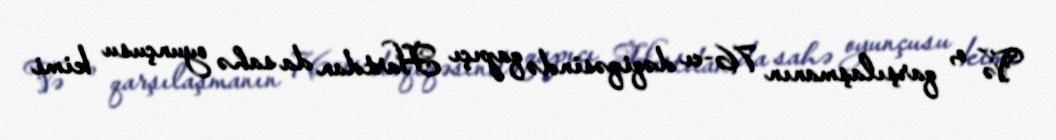
Və o, qarşılaşmanın 76-cı dəqiqəsində qapıçı Hartdan da sahə oyunçusu kimi